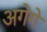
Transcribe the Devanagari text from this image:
अगेगे